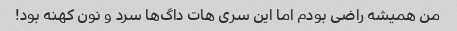
من همیشه راضی بودم اما این سری هات داگ‌ها سرد و نون کهنه بود!